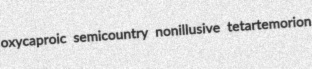
oxycaproic semicountry nonillusive tetartemorion